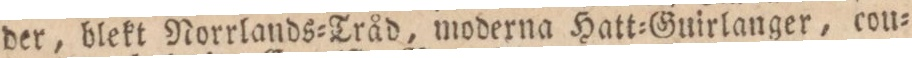
der, blekt Norrlands=Tråd, moderna Hatt=Guirlanger, cou=